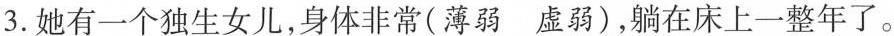
3.她有一个独生女儿，身体非常(薄弱虚弱)，躺在床上一整年了。